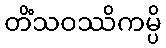
တိံသဝဿိကမ္ပိ